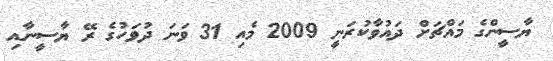
ޔާސީންގެ މައްޗަށް ދައުވާކުރަނީ 2009 މެއި 31 ވަނަ ދުވަހުގެ ރޭ ޔާސީނާއި